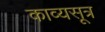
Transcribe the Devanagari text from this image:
काव्यसूत्र